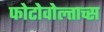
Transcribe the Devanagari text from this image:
फोटोवोल्ताच्स